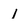
Character: 1